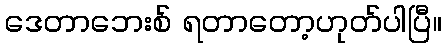
ဒေတာဘေးစ် ရတာတော့ဟုတ်ပါပြီ။